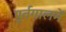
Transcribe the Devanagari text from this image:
पुर्तगालमें